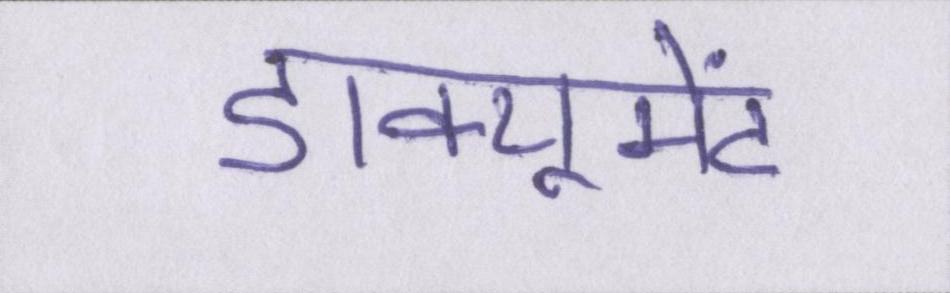
डाक्यूमेंट